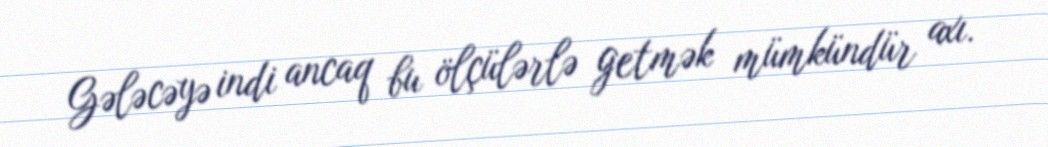
Gələcəyə indi ancaq bu ölçülərlə getmək mümkündür axı.